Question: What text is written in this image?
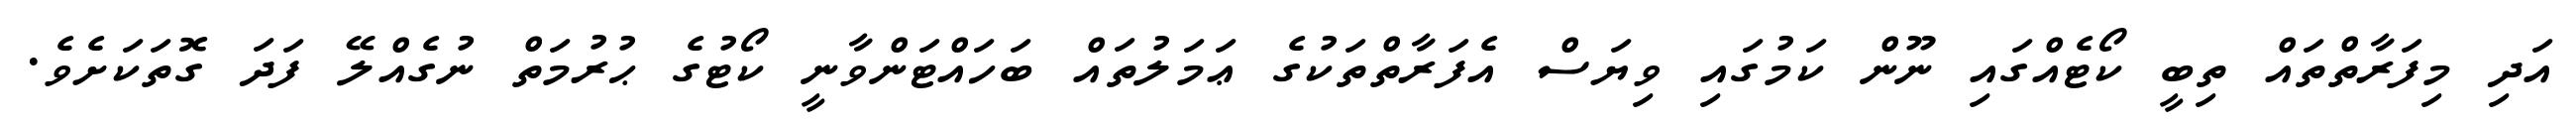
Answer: އަދި މިފަރާތްތައް ތިބީ ކޯޓެއްގައި ނޫން ކަމުގައި ވިޔަސް އެފަރާތްތަކުގެ ޢަމަލުތައް ބަހައްޓަންވާނީ ކޯޓުގެ ޙުރުމަތް ނުގެއްލޭ ފަދަ ގޮތަކަށެވެ.